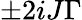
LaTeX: \pm 2iJ\Gamma